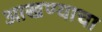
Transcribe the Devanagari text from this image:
आखण्याचा